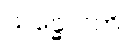
သန္ဓောဝတိ